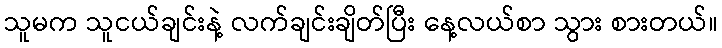
သူမက သူငယ်ချင်းနဲ့ လက်ချင်းချိတ်ပြီး နေ့လယ်စာ သွား စားတယ်။